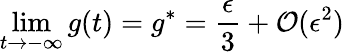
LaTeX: \operatorname*{lim}_{t\rightarrow-\infty}g(t)=g^{*}=\frac{\epsilon}{3}+\mathcal{O}(\epsilon^{2})